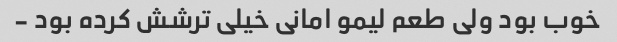
خوب بود ولی طعم لیمو امانی خیلی ترشش کرده بود -